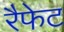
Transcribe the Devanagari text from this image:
रैफेट